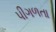
પીગળતા